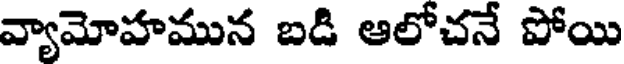
వ్యామోహమున బడి ఆలోచనే పోయి